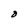
Character: O